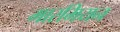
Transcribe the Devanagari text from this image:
मारमियन